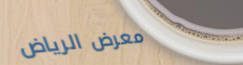
معرض الرياض